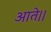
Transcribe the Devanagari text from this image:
आते।।